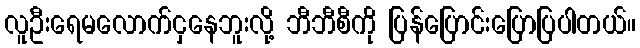
လူဦးရေမလောက်ငှနေဘူးလို့ ဘီဘီစီကို ပြန်ပြောင်းပြောပြပါတယ်။